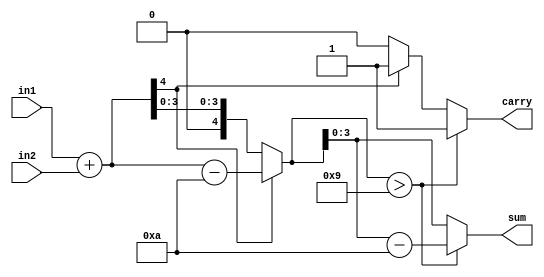
module bcd_adder(in1, in2, sum, carry);

	input [3:0] in1, in2;
	output reg [3:0] sum;
	output reg carry;
	
	reg [4:0] mid;	//to store binary sum and owerflow
	reg car;	//store carry bit if generated
	
	always@(in1, in2) begin
		car = 0;		//initiate carry bit
		mid = in1 + in2;	//calculate binary sum
		
		if(mid[4] == 1)	begin	//if the sum owerflows into a 5th bit
			mid = mid - 10;	//subtract 10 to make it decimal again
			car = 1;	//carry out for subtracted 10
		end
		if(mid>4'b1001)	begin	//if the sum is no longer decimal
			mid = mid - 10;	//subtract 10 to make it decimal again
			car = 1;	//carry out for subtracted 10
		end
		sum = mid[3:0];		//output the calculated decimal value
		carry = car;		//output the carry
	end
	
endmodule